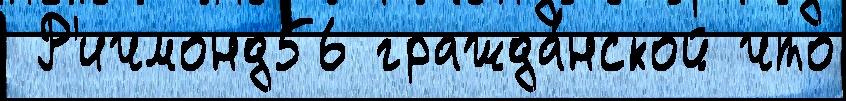
 Р'ичмонд56 гражда́нской что